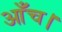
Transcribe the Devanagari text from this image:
आँच।